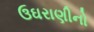
ઉઘરાણીનો